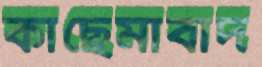
কাছেমাবাদ